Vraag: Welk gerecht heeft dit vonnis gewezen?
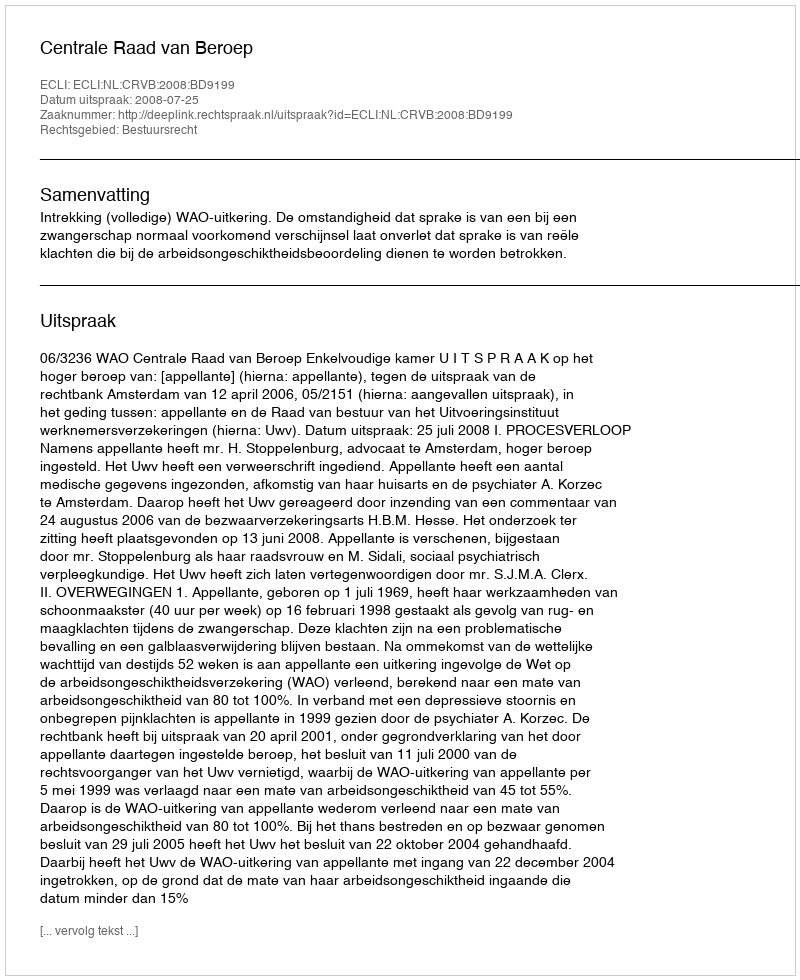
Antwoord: Centrale Raad van Beroep